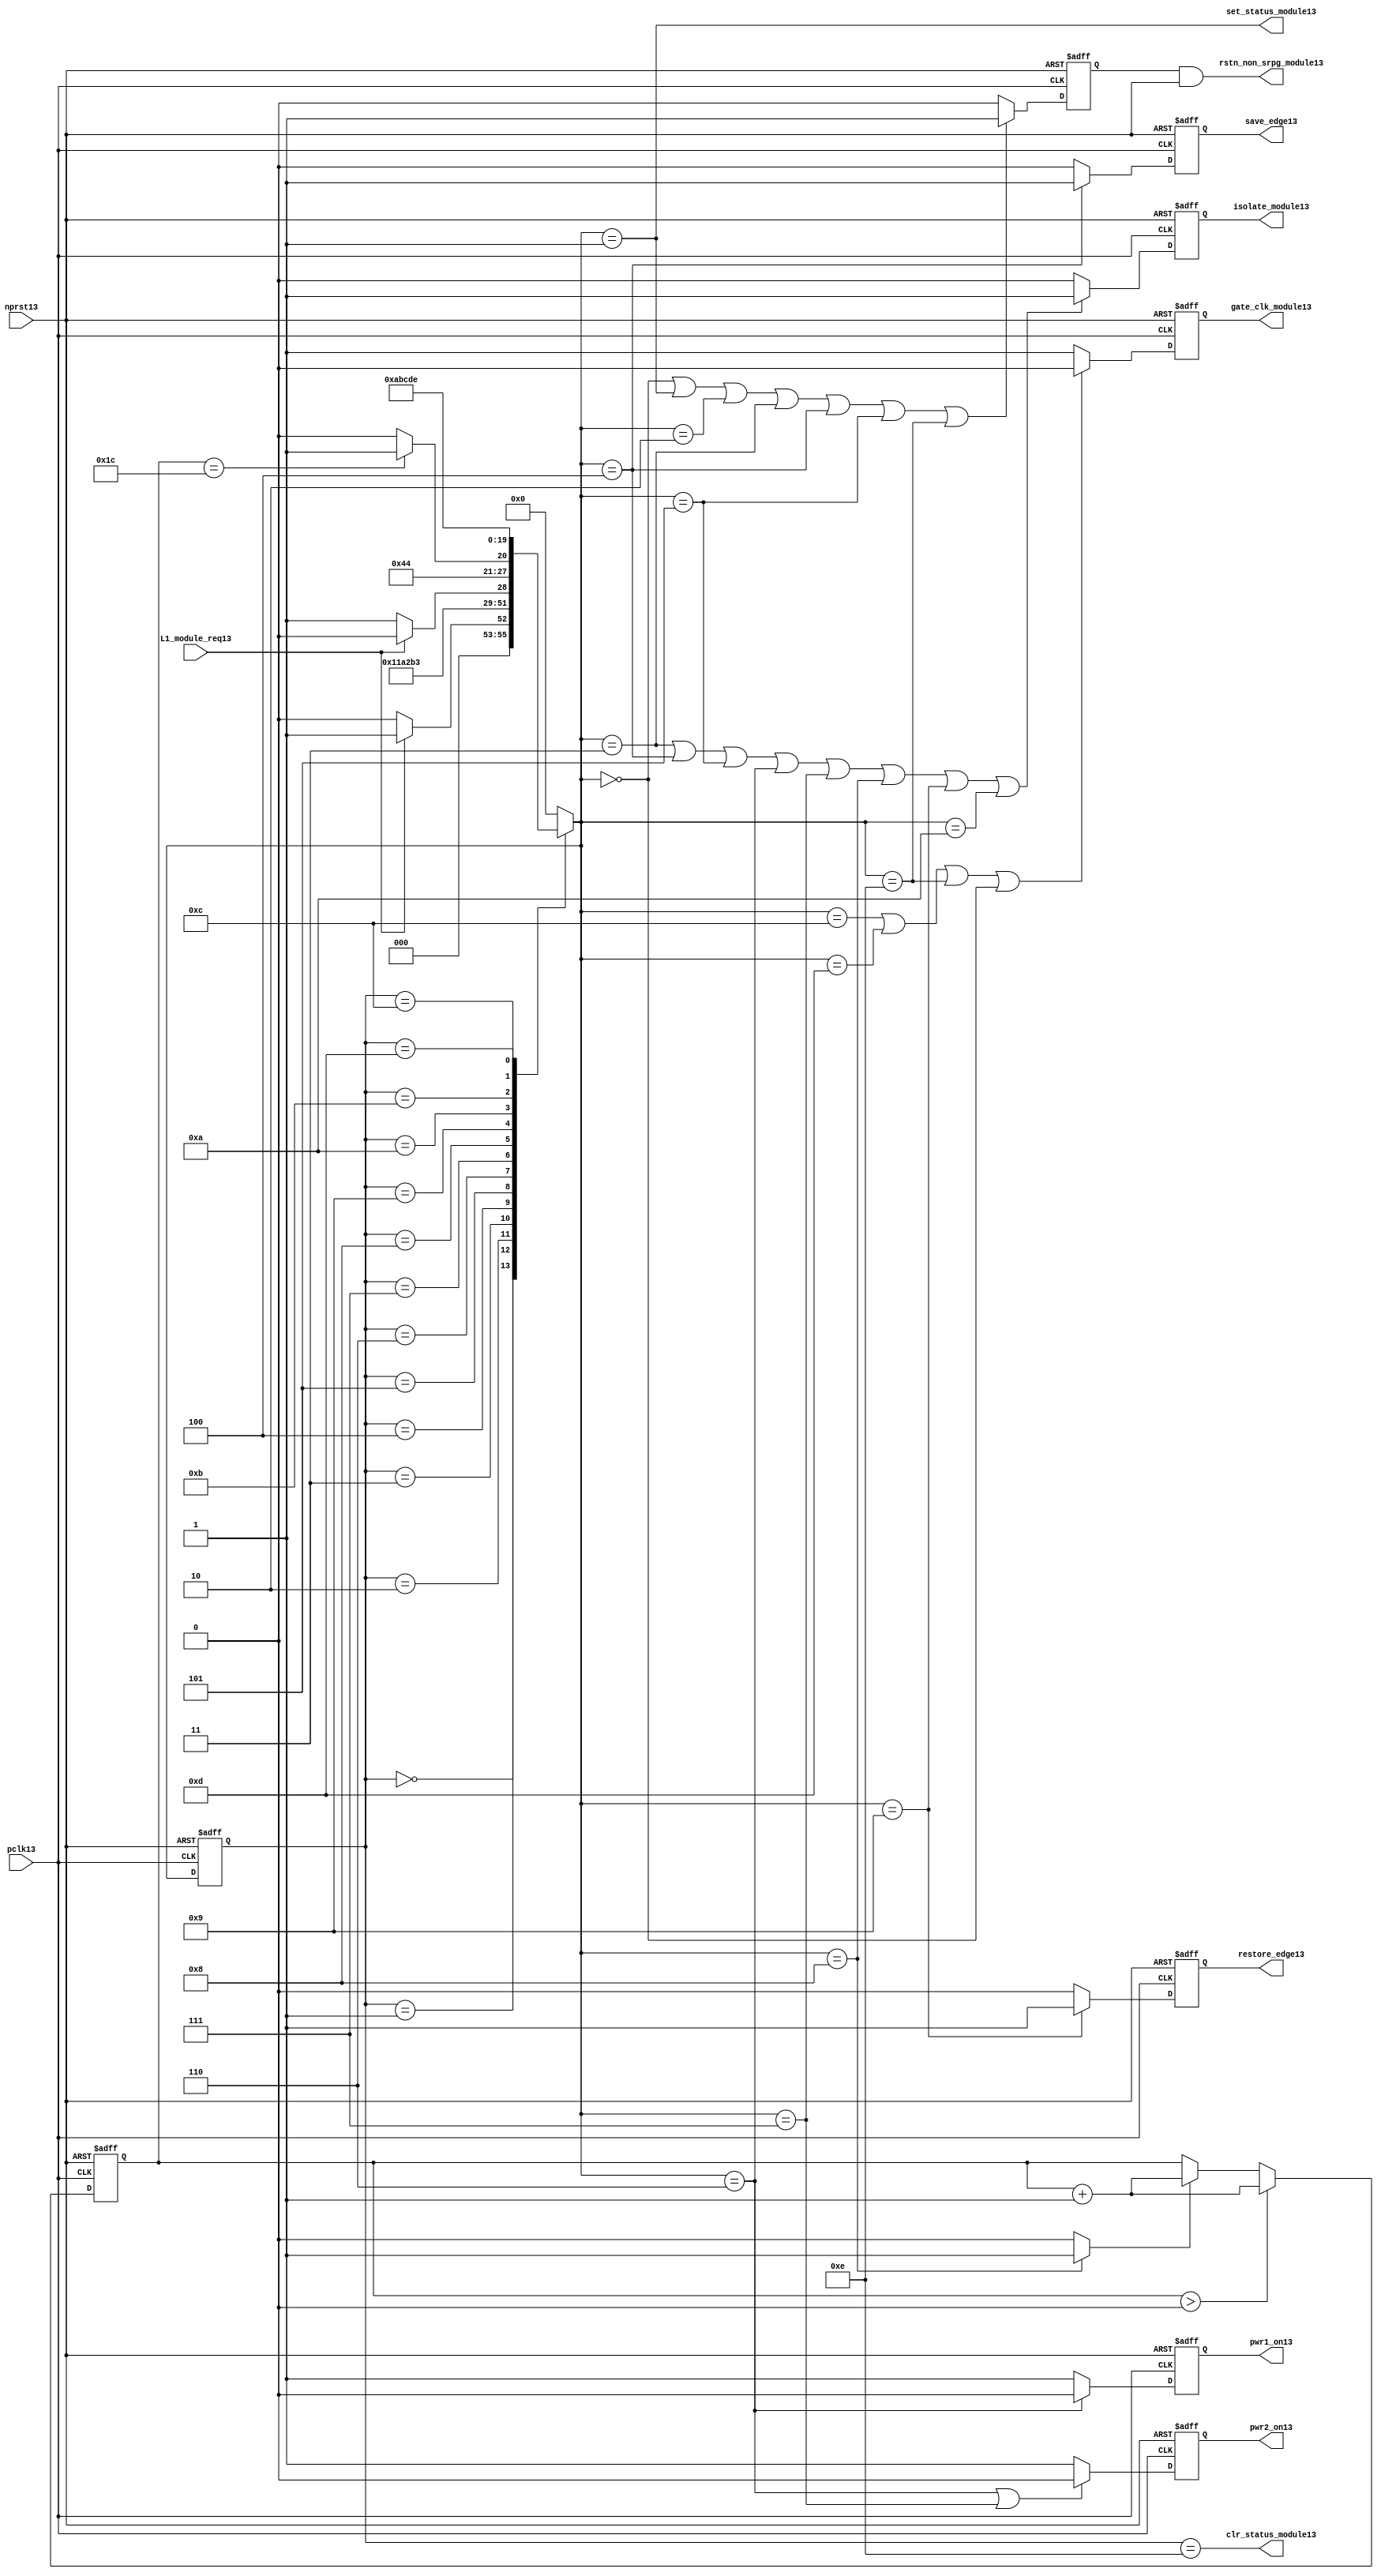
//File13 name   : power_ctrl_sm13.v
//Title13       : Power13 Controller13 state machine13
//Created13     : 1999
//Description13 : State13 machine13 of power13 controller13
//Notes13       : 
//----------------------------------------------------------------------
//   Copyright13 1999-2010 Cadence13 Design13 Systems13, Inc13.
//   All Rights13 Reserved13 Worldwide13
//
//   Licensed13 under the Apache13 License13, Version13 2.0 (the
//   "License13"); you may not use this file except13 in
//   compliance13 with the License13.  You may obtain13 a copy of
//   the License13 at
//
//       http13://www13.apache13.org13/licenses13/LICENSE13-2.0
//
//   Unless13 required13 by applicable13 law13 or agreed13 to in
//   writing, software13 distributed13 under the License13 is
//   distributed13 on an "AS13 IS13" BASIS13, WITHOUT13 WARRANTIES13 OR13
//   CONDITIONS13 OF13 ANY13 KIND13, either13 express13 or implied13.  See
//   the License13 for the specific13 language13 governing13
//   permissions13 and limitations13 under the License13.
//----------------------------------------------------------------------
module power_ctrl_sm13 (

    // Clocks13 & Reset13
    pclk13,
    nprst13,

    // Register Control13 inputs13
    L1_module_req13,
    set_status_module13,
    clr_status_module13,

    // Module13 control13 outputs13
    rstn_non_srpg_module13,
    gate_clk_module13,
    isolate_module13,
    save_edge13,
    restore_edge13,
    pwr1_on13,
    pwr2_on13

);

input    pclk13;
input    nprst13;

input    L1_module_req13;
output   set_status_module13;
output   clr_status_module13;
    
output   rstn_non_srpg_module13;
output   gate_clk_module13;
output   isolate_module13;
output   pwr1_on13;
output   pwr2_on13;
output save_edge13;
output restore_edge13;

wire    set_status_module13;
wire    clr_status_module13;

wire    rstn_non_srpg_module13;
reg     gate_clk_module13;
reg     isolate_module13;
reg     pwr1_on13;
reg     pwr2_on13;

reg save_edge13;

reg restore_edge13;
   
// FSM13 state
reg  [3:0] currentState13, nextState13;
reg     rstn_non_srpg13;
reg [4:0] trans_cnt13;

parameter Init13 = 0; 
parameter Clk_off13 = 1; 
parameter Wait113 = 2; 
parameter Isolate13 = 3; 
parameter Save_edge13 = 4; 
parameter Pre_pwr_off13 = 5; 
parameter Pwr_off13 = 6; 
parameter Pwr_on113 = 7; 
parameter Pwr_on213 = 8; 
parameter Restore_edge13 = 9; 
parameter Wait213 = 10; 
parameter De_isolate13 = 11; 
parameter Clk_on13 = 12; 
parameter Wait313 = 13; 
parameter Rst_clr13 = 14;


// Power13 Shut13 Off13 State13 Machine13

// FSM13 combinational13 process
always @  (*)
  begin
    case (currentState13)

      // Commence13 PSO13 once13 the L113 req bit is set.
      Init13:
        if (L1_module_req13 == 1'b1)
          nextState13 = Clk_off13;         // Gate13 the module's clocks13 off13
        else
          nextState13 = Init13;            // Keep13 waiting13 in Init13 state
        
      Clk_off13 :
        nextState13 = Wait113;             // Wait13 for one cycle
 
      Wait113  :                         // Wait13 for clk13 gating13 to take13 effect
        nextState13 = Isolate13;           // Start13 the isolation13 process
          
      Isolate13 :
        nextState13 = Save_edge13;
        
      Save_edge13 :
        nextState13 = Pre_pwr_off13;

      Pre_pwr_off13 :
        nextState13 = Pwr_off13;
      // Exit13 PSO13 once13 the L113 req bit is clear.

      Pwr_off13 :
        if (L1_module_req13 == 1'b0)
          nextState13 = Pwr_on113;         // Resume13 power13 if the L1_module_req13 bit is cleared13
        else
          nextState13 = Pwr_off13;         // Wait13 until the L1_module_req13 bit is cleared13
        
      Pwr_on113 :
        nextState13 = Pwr_on213;
          
      Pwr_on213 :
        if(trans_cnt13 == 5'd28)
          nextState13 = Restore_edge13;
        else 
          nextState13 = Pwr_on213;
          
      Restore_edge13 :
        nextState13 = Wait213;

      Wait213 :
        nextState13 = De_isolate13;
          
      De_isolate13 :
        nextState13 = Clk_on13;
          
      Clk_on13 :
        nextState13 = Wait313;
          
      Wait313  :                         // Wait13 for clock13 to resume
        nextState13 = Rst_clr13 ;     
 
      Rst_clr13 :
        nextState13 = Init13;
        
      default  :                       // Catch13 all
        nextState13 = Init13; 
        
    endcase
  end


  // Signals13 Sequential13 process - gate_clk_module13
always @ (posedge pclk13 or negedge nprst13)
  begin
    if (~nprst13)
      gate_clk_module13 <= 1'b0;
    else 
      if (nextState13 == Clk_on13 | nextState13 == Wait313 | nextState13 == Rst_clr13 | 
          nextState13 == Init13)
          gate_clk_module13 <= 1'b0;
      else
          gate_clk_module13 <= 1'b1;
  end

// Signals13 Sequential13 process - rstn_non_srpg13
always @ (posedge pclk13 or negedge nprst13)
  begin
    if (~nprst13)
      rstn_non_srpg13 <= 1'b0;
    else
      if ( nextState13 == Init13 | nextState13 == Clk_off13 | nextState13 == Wait113 | 
           nextState13 == Isolate13 | nextState13 == Save_edge13 | nextState13 == Pre_pwr_off13 | nextState13 == Rst_clr13)
        rstn_non_srpg13 <= 1'b1;
      else
        rstn_non_srpg13 <= 1'b0;
   end


// Signals13 Sequential13 process - pwr1_on13 & pwr2_on13
always @ (posedge pclk13 or negedge nprst13)
  begin
    if (~nprst13)
      pwr1_on13 <=  1'b1;  // power13 gates13 1 & 2 are on
    else
      if (nextState13 == Pwr_off13 )
        pwr1_on13 <= 1'b0;  // shut13 off13 both power13 gates13 1 & 2
      else
        pwr1_on13 <= 1'b1;
  end


// Signals13 Sequential13 process - pwr1_on13 & pwr2_on13
always @ (posedge pclk13 or negedge nprst13)
  begin
    if (~nprst13)
       pwr2_on13 <= 1'b1;      // power13 gates13 1 & 2 are on
    else
      if (nextState13 == Pwr_off13 | nextState13 == Pwr_on113)
        pwr2_on13 <= 1'b0;     // shut13 off13 both power13 gates13 1 & 2
      else
        pwr2_on13 <= 1'b1;
   end


// Signals13 Sequential13 process - isolate_module13 
always @ (posedge pclk13 or negedge nprst13)
  begin
    if (~nprst13)
        isolate_module13 <= 1'b0;
    else
      if (nextState13 == Isolate13 | nextState13 == Save_edge13 | nextState13 == Pre_pwr_off13 |  nextState13 == Pwr_off13 | nextState13 == Pwr_on113 |
          nextState13 == Pwr_on213 | nextState13 == Restore_edge13 | nextState13 == Wait213)
         isolate_module13 <= 1'b1;       // Activate13 the isolate13 and retain13 signals13
      else
         isolate_module13 <= 1'b0;        
   end    

// enabling save edge
always @ (posedge pclk13 or negedge nprst13)
  begin
    if (~nprst13)
        save_edge13 <= 1'b0;
    else
      if (nextState13 == Save_edge13 )
         save_edge13 <= 1'b1;       // Activate13 the isolate13 and retain13 signals13
      else
         save_edge13 <= 1'b0;        
   end    
// stabilising13 count
wire restore_change13;
assign restore_change13 = (nextState13 == Pwr_on213) ? 1'b1: 1'b0;

always @ (posedge pclk13 or negedge nprst13)
  begin
    if (~nprst13)
      trans_cnt13 <= 0;
    else if (trans_cnt13 > 0)
      trans_cnt13  <= trans_cnt13 + 1;
    else if (restore_change13)
      trans_cnt13  <= trans_cnt13 + 1;
  end

// enabling restore13 edge
always @ (posedge pclk13 or negedge nprst13)
  begin
    if (~nprst13)
        restore_edge13 <= 1'b0;
    else
      if (nextState13 == Restore_edge13)
         restore_edge13 <= 1'b1;       // Activate13 the isolate13 and retain13 signals13
      else
         restore_edge13 <= 1'b0;        
   end    


// FSM13 Sequential13 process
always @ (posedge pclk13 or negedge nprst13)
  begin
    if (~nprst13)
      currentState13 <= Init13;
    else
      currentState13 <= nextState13;
  end


// Reset13 for non-SRPG13 FFs13 is a combination13 of the nprst13 and the reset during PSO13
assign  rstn_non_srpg_module13 = rstn_non_srpg13 & nprst13;

assign  set_status_module13 = (nextState13 == Clk_off13);    // Set the L113 status bit  
assign  clr_status_module13 = (currentState13 == Rst_clr13); // Clear the L113 status bit  
  

`ifdef LP_ABV_ON13

// psl13 default clock13 = (posedge pclk13);

// Never13 have the set and clear status signals13 both set
// psl13 output_no_set_and_clear13 : assert never {set_status_module13 & clr_status_module13};



// Isolate13 signal13 should become13 active on the 
// Next13 clock13 after Gate13 signal13 is activated13
// psl13 output_pd_seq13:
//    assert always
//	  {rose13(gate_clk_module13)} |=> {[*1]; {rose13(isolate_module13)} }
//    abort13(~nprst13);
//
//
//
// Reset13 signal13 for Non13-SRPG13 FFs13 and POWER13 signal13 for
// SMC13 should become13 LOW13 on clock13 cycle after Isolate13 
// signal13 is activated13
// psl13 output_pd_seq_stg_213:
//    assert always
//    {rose13(isolate_module13)} |=>
//    {[*2]; {{fell13(rstn_non_srpg_module13)} && {fell13(pwr1_on13)}} }
//    abort13(~nprst13);
//
//
// Whenever13 pwr1_on13 goes13 to LOW13 pwr2_on13 should also go13 to LOW13
// psl13 output_pwr2_low13:
//    assert always
//    { fell13(pwr1_on13) } |->  { fell13(pwr2_on13) }
//    abort13(~nprst13);
//
//
// Whenever13 pwr1_on13 becomes HIGH13 , On13 Next13 clock13 cycle pwr2_on13
// should also become13 HIGH13
// psl13 output_pwr2_high13:
//    assert always
//    { rose13(pwr1_on13) } |=>  { (pwr2_on13) }
//    abort13(~nprst13);
//
`endif


endmodule